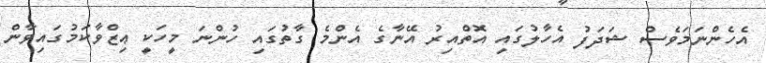
އެހެންނަމަވެސް ޝަދަފު އެހާލުގައި އޮތްއިރު އޭނާގެ އެންމެ ގާތުގައި ހުންނަ މީހަކީ ޢިޒްވާކަމުގައިވާން